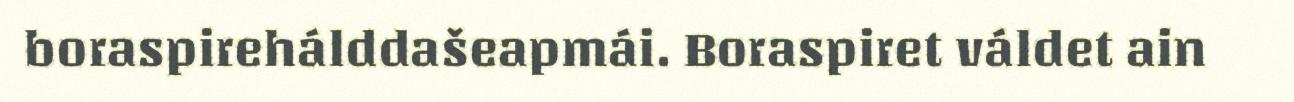
boraspirehálddašeapmái. Boraspiret váldet ain